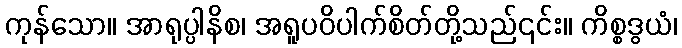
ကုန်သော။ အာရုပ္ပါနိစ၊ အရူပဝိပါက်စိတ်တို့သည်၎င်း။ ကိစ္စဒွယံ၊